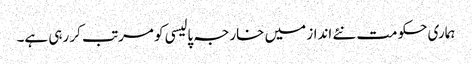
ہماری حکومت نئے انداز میں خارجہ پالیسی کو مرتب کر رہی ہے۔